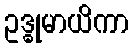
ဥဒ္ဓုမာယိကာ